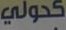
كحولي